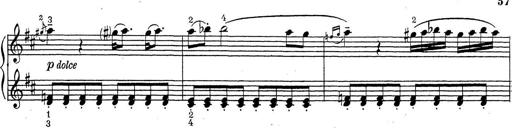
Title: ÄŒeskÃ© Sonatiny
Composer: Various